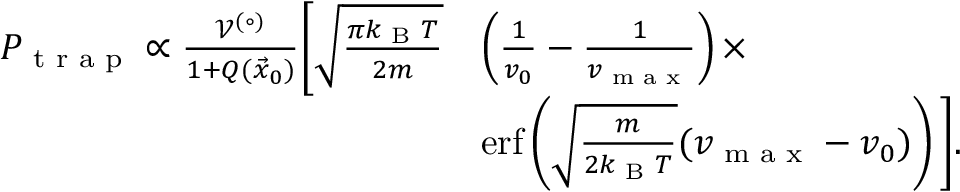
\begin{array} { r l } { P _ { \textrm { t r a p } } \propto \frac { \mathcal { V } ^ { ( \circ ) } } { 1 + Q ( \vec { x } _ { 0 } ) } \bigg [ \sqrt { \frac { \pi k _ { \textrm { B } } T } { 2 m } } } & { \left( \frac { 1 } { v _ { 0 } } - \frac { 1 } { v _ { \textrm { m a x } } } \right) \times } \\ & { \mathrm { e r f } \left( \sqrt { \frac { m } { 2 k _ { \textrm { B } } T } } ( v _ { \textrm { m a x } } - v _ { 0 } ) \right) \bigg ] . } \end{array}